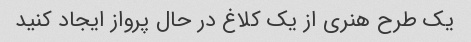
یک طرح هنری از یک کلاغ در حال پرواز ایجاد کنید